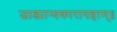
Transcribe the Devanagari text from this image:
जाड्यान्धकारापहाम्‌॥